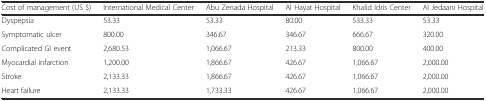
<table><thead><tr><td><b>Cost of management (US $)</b></td><td><b>International Medical Center</b></td><td><b>Abu Zenada Hospital</b></td><td><b>Al Hayat Hospital</b></td><td><b>Khalid Idris Center</b></td><td><b>Al Jedaani Hospital</b></td></tr></thead><tbody><tr><td>Dyspepsia</td><td>53.33</td><td>53.33</td><td>80.00</td><td>533.33</td><td>53.33</td></tr><tr><td>Symptomatic ulcer</td><td>800.00</td><td>346.67</td><td>346.67</td><td>666.67</td><td>320.00</td></tr><tr><td>Complicated GI event</td><td>2,680.53</td><td>1,066.67</td><td>213.33</td><td>800.00</td><td>400.00</td></tr><tr><td>Myocardial infarction</td><td>1,200.00</td><td>1,866.67</td><td>426.67</td><td>1,066.67</td><td>2,000.00</td></tr><tr><td>Stroke</td><td>2,133.33</td><td>1,866.67</td><td>426.67</td><td>1,066.67</td><td>2,000.00</td></tr><tr><td>Heart failure</td><td>2,133.33</td><td>1,733.33</td><td>426.67</td><td>1,066.67</td><td>2,000.00</td></tr></tbody></table>